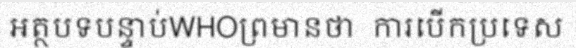
អត្ថបទបន្ទាប់WHOព្រមានថា  ការបើកប្រទេស